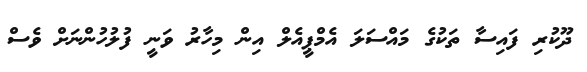
ދޫކުރި ފައިސާ ތަކުގެ މައްސަލަ އެމްޕީއެލް އިން މިހާރު ވަނީ ފުލުހުންނަށް ވެސް